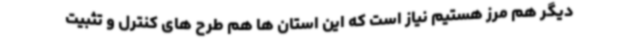
دیگر هم مرز هستیم نیاز است که این استان ها هم طرح های کنترل و تثبیت